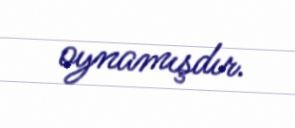
oynamışdır.